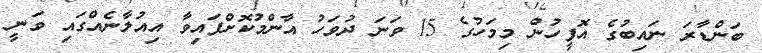
ބަންޑާރަ ނައިބުގެ އޮފީހުން މިމަހުގެ 15 ވަނަ ދުވަހު އާންމުކޮށްފައިވާ އިއުލާނެއްގައި ވަނީ